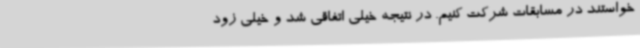
خواستند در مسابقات شرکت کنیم. در نتیجه خیلی اتفاقی شد و خیلی زود